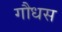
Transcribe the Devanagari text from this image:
गौधस